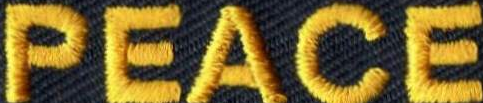
PEACE